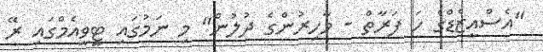
"އެސްއީޒެޑްގެ ހަ ފަރާތް - މާހިރުންގެ ދުލުން" މި ނަމުގައި ޓީވީއެމްގައި ރޭ